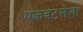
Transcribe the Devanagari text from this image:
एकवटलेला